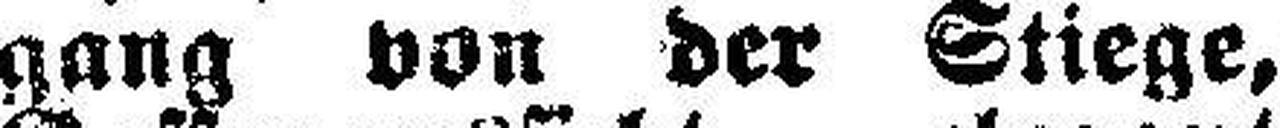
gang von der Stiege,